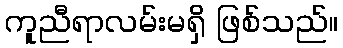
ကူညီရာလမ်းမရှိ ဖြစ်သည်။